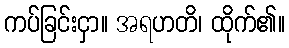
ကပ်ခြင်းငှာ။ အရဟတိ၊ ထိုက်၏။